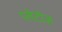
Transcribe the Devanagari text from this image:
प्लेटोज़